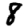
Digit: 8